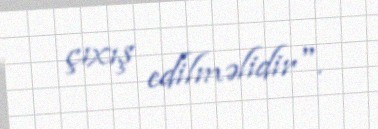
çıxış edilməlidir".